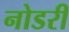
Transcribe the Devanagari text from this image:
नोडरी